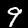
Label: 9